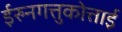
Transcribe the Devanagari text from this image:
ईरुनगत्तुकोत्ताई